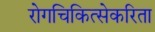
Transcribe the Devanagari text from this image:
रोगचिकित्सेकरिता